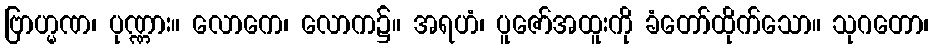
ဗြာဟ္မဏ၊ ပုဏ္ဏား။ လောကေ၊ လောက၌။ အရဟံ၊ ပူဇော်အထူးကို ခံတော်ထိုက်သော။ သုဂတော၊